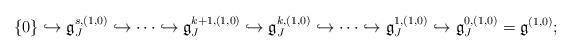
LaTeX: \begin{align*}\left\{ 0\right\} \hookrightarrow\mathfrak{g}_{J}^{s,(1,0)}\hookrightarrow\cdots\hookrightarrow\mathfrak{g}_{J}^{k+1,(1,0)}\hookrightarrow\mathfrak{g}_{J}^{k,(1,0)}\hookrightarrow\cdots\hookrightarrow\mathfrak{g}_{J}^{1,(1,0)}\hookrightarrow\mathfrak{g}_{J}^{0,(1,0)}=\mathfrak{g}^{(1,0)};\end{align*}